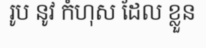
រូប នូវ កំហុស ដែល ខ្លួន